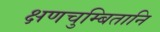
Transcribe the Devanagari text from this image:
क्षणचुम्बितानि